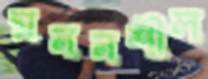
মননশীল